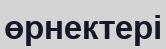
өрнектері